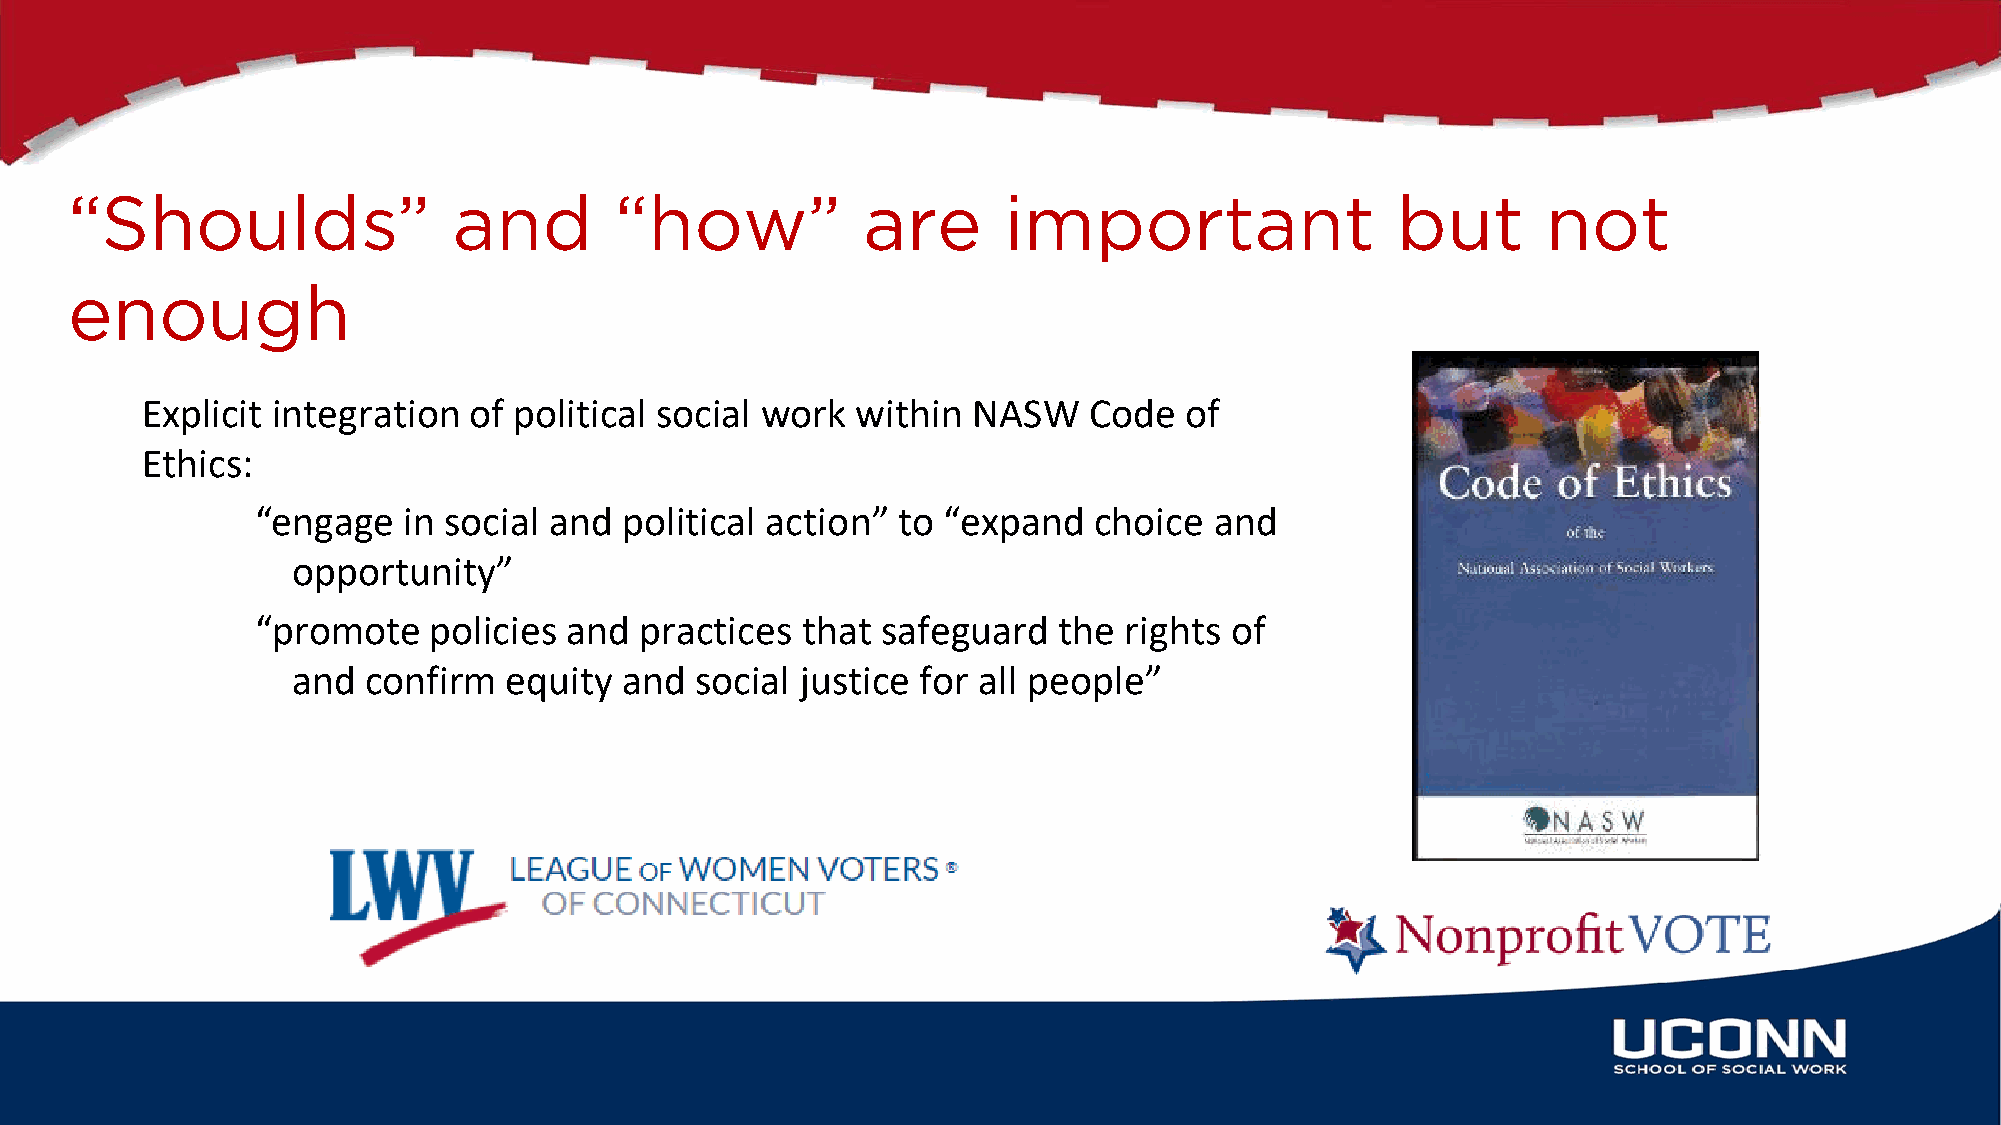
Explicit integration  of political social work  within NASW    Code  of
 Ethics:
 “engage   in social and political action” to “expand   choice  and
 opportunity”
 “promote   policies  and practices  that safeguard   the rights of
 and  confirm   equity and  social justice for all people”